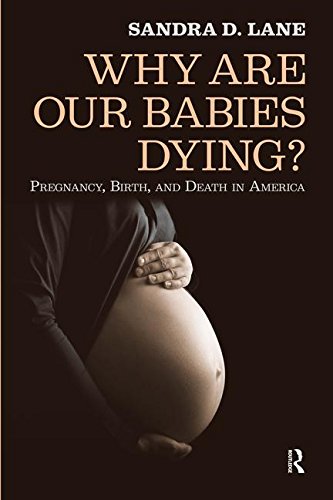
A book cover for Why Are Our Babies Dying?: Pregnancy, Birth, and Death in America; Sandra Lane; Politics & Social Sciences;